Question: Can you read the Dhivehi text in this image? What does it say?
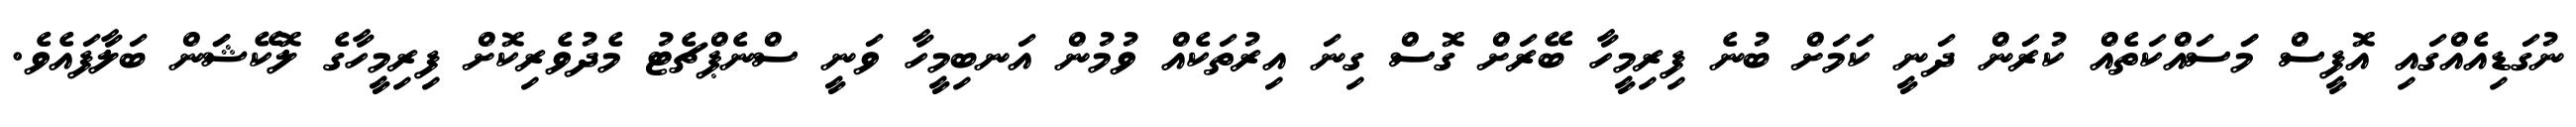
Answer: ނުގަޑިއެއްގައި އޮފީސް މަަސައްކަތެއް ކުރަން ދަނީ ކަމަށް ބުނެ ފިރިމީހާ ބޭރަށް ގޮސް ގިނަ އިރުތަކެއް ވުމުން އަނބިމީހާ ވަނީ ސްނެޕްޗެޓު މެދުވެރިކޮށް ފިރިމީހާގެ ލޮކޭޝަަން ބަލާފައެވެ.